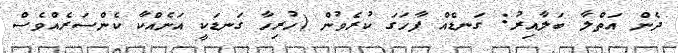
ދެން އަތްލާ ބަލާއިރު: ގަނޑެއް ފާހަގަ ކުރެވުން (ހުރިހާ ގަނޑަކީ އަނެއްކާ ކެންސަރެއްވެސް